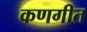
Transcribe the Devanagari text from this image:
कणगीत